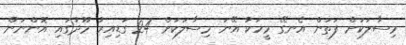
މިސާލަކަށް ފަތަން އެނގޭ މީހަކު އޭނަ މިސާލަކަށް 24 ގަޑިއިރު މޫދުގައި އޮންނަން